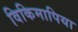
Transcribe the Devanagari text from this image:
विकिमापिया